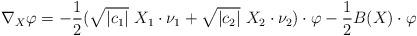
LaTeX: \begin{align*}\nabla_X \varphi = -\frac{1}{2} (\sqrt{|c_1|}\ X_1 \cdot \nu_1 + \sqrt{|c_2|}\ X_2 \cdot \nu_2)\cdot\varphi - \frac{1}{2}B(X)\cdot \varphi\end{align*}